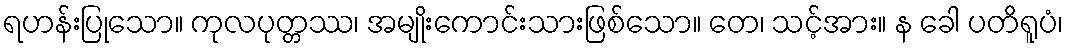
ရဟန်းပြုသော။ ကုလပုတ္တဿ၊ အမျိုးကောင်းသားဖြစ်သော။ တေ၊ သင့်အား။ န ခေါ ပတိရူပံ၊